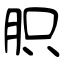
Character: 胑